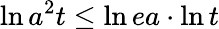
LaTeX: {\ln{a^{2}t}}\le{\ln{ea}}\cdot{\ln{t}}